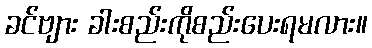
ခင်ဗျား ခါးစည်းကိုစည်းပေးရမလား။